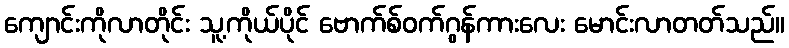
ကျောင်းကိုလာတိုင်း သူ့ကိုယ်ပိုင် ဗောက်စ်ဝက်ဂွန်ကားလေး မောင်းလာတတ်သည်။